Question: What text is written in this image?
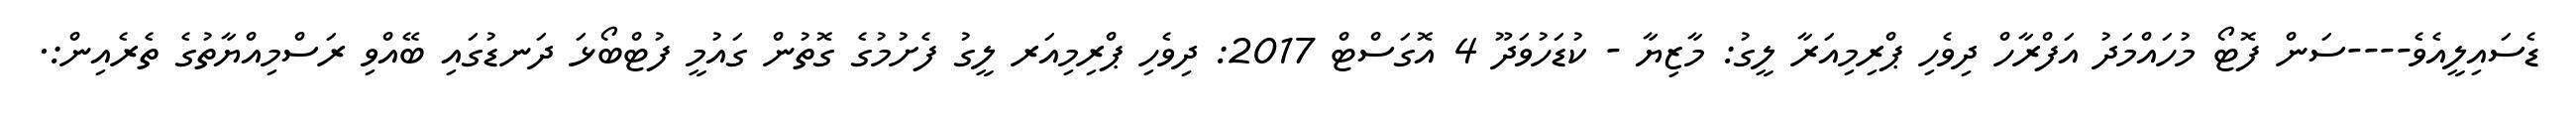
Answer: ޑެސައިލީއެވެ----ސަން ފޮޓޯ މުހައްމަދު އަފްރާހް ދިވެހި ޕްރިމިއަރާ ލީގު: މާޒިޔާ - ކުޑަހުވަދޫ 4 އޮގަސްޓް 2017: ދިވެހި ޕްރިމިއަރ ލީގު ފެށުމުގެ ގޮތުން ގައުމީ ފުޓްބޯޅަ ދަނޑުގައި ބޭއްވި ރަސްމިއްޔާތުގެ ތެރެއިން:.